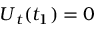
\boldsymbol { U } _ { t } ( t _ { 1 } ) = 0